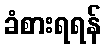
ခံစားရရန်